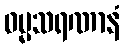
ဓမ္မသရဏာနံ